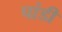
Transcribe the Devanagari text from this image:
पांडी